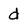
Character: d